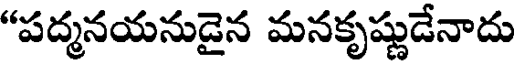
"పద్మనయనుడైన మనకృష్ణుడేనాదు